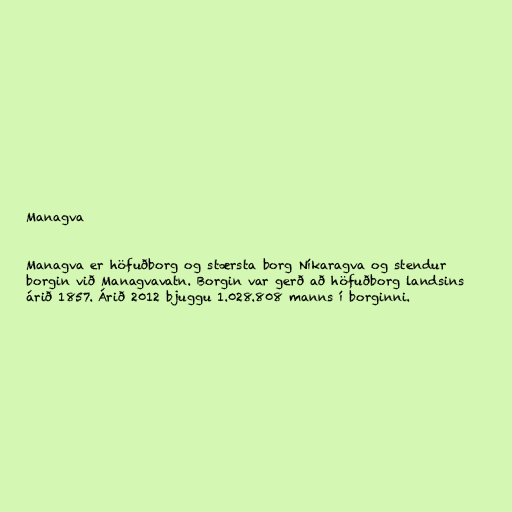
Managva

Managva er höfuðborg og stærsta borg Níkaragva og stendur
borgin við Managvavatn. Borgin var gerð að höfuðborg landsins
árið 1857. Árið 2012 bjuggu 1.028.808 manns í borginni.